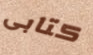
كتابى